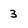
Character: 3